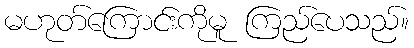
မဟုတ်ကြောင်းကိုမူ ကြည်ပေသည်။